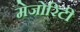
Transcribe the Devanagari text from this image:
मेजोरिटी